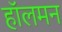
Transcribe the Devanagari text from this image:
हॉलमन